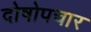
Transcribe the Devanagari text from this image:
दोषोपचार